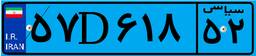
۵۷D۶۱۸۵۲